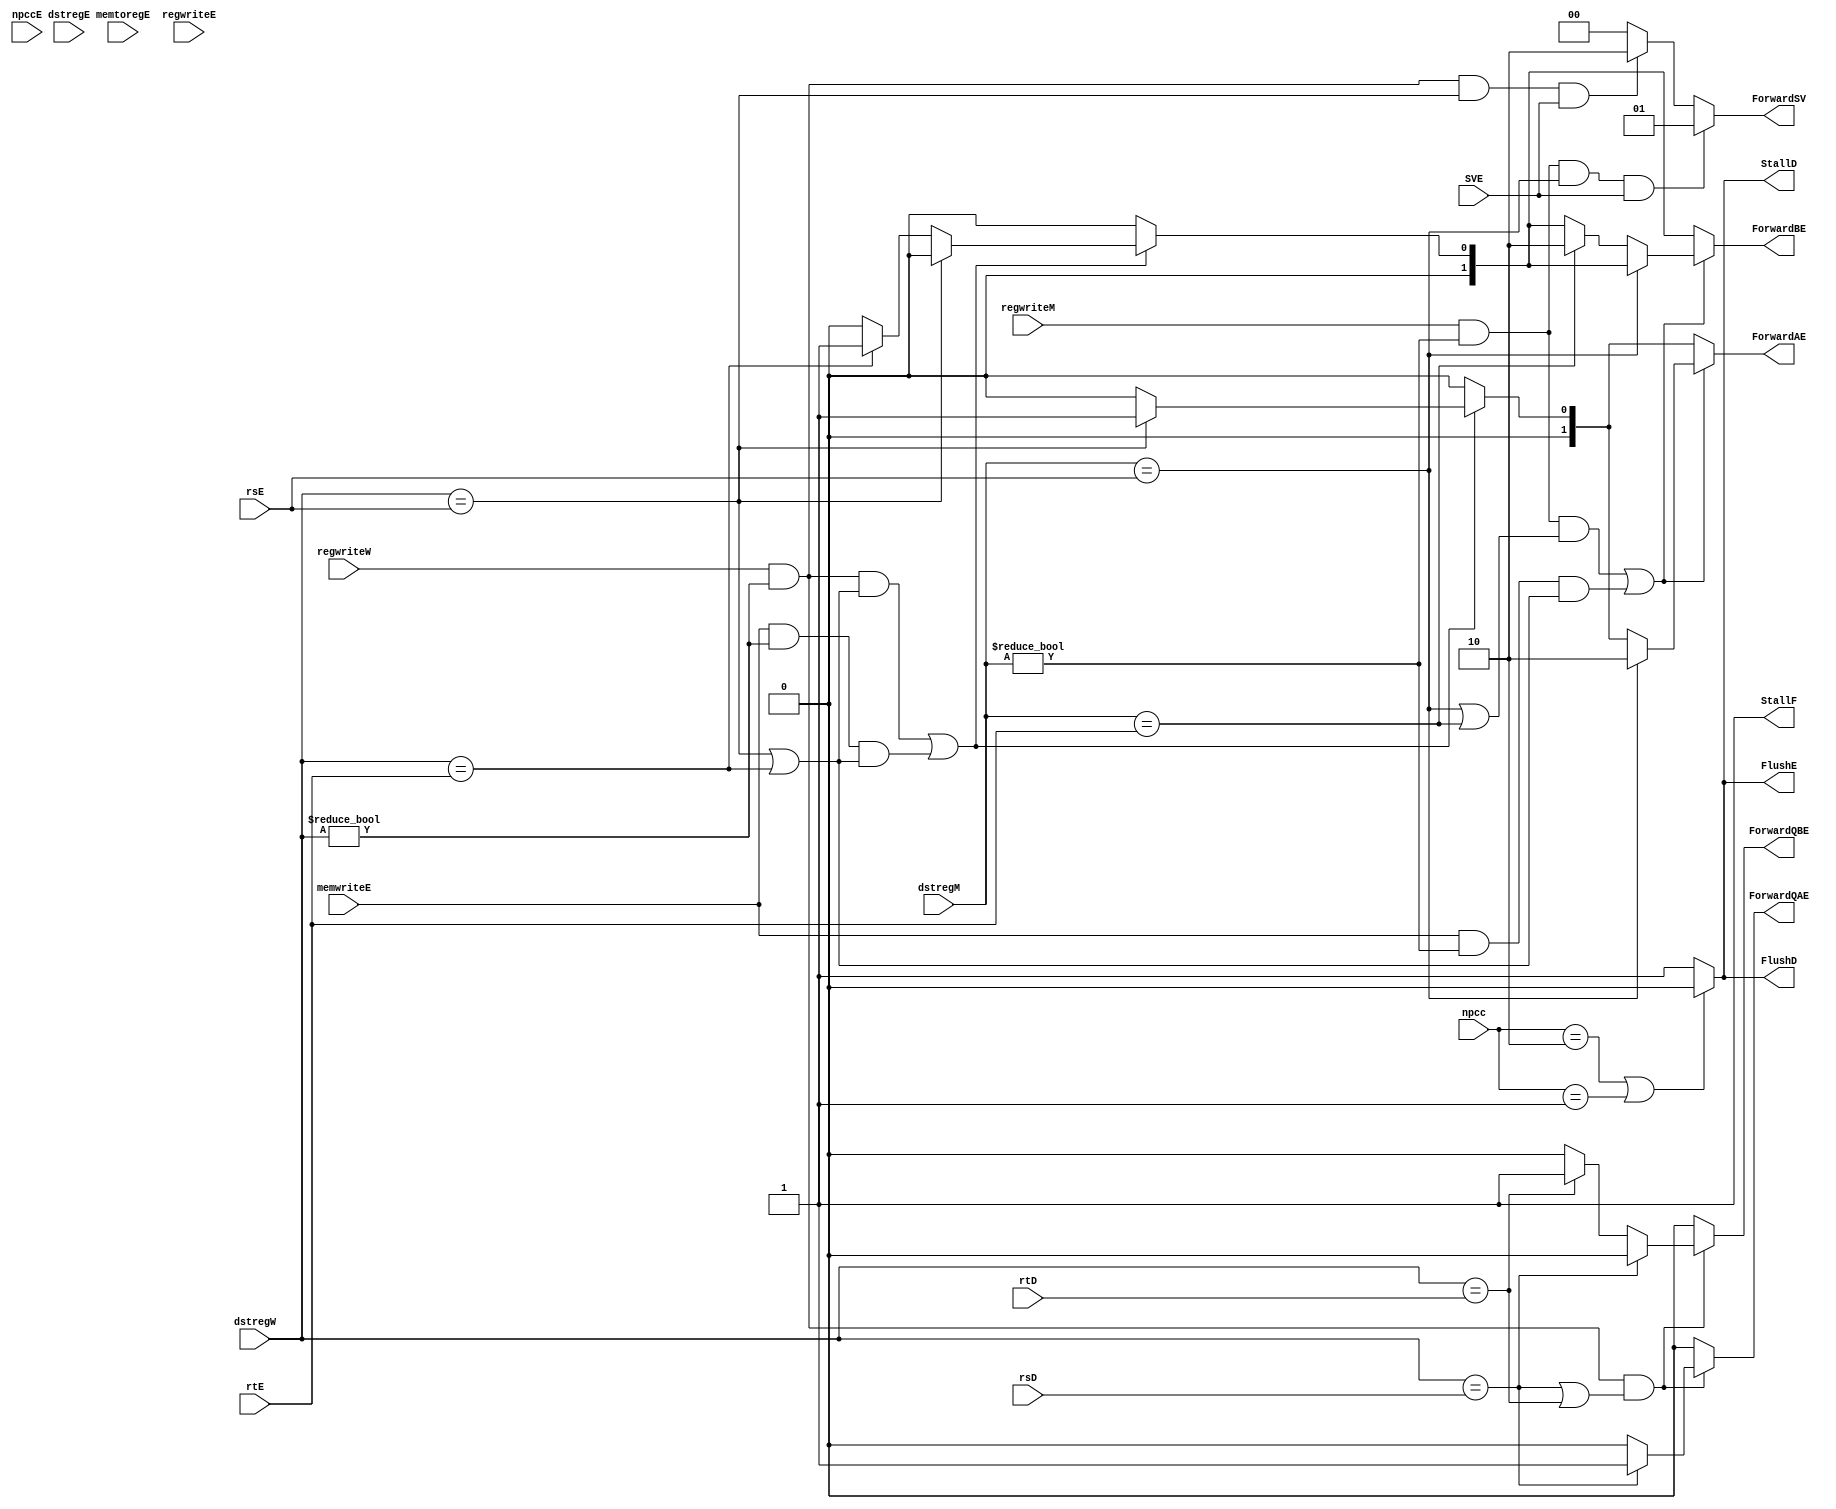

module hazard_unit(ForwardSV,SVE,ForwardQAE,ForwardQBE,memwriteE,npcc,npccE,FlushD,StallF,StallD,FlushE,rsD,rtD,rsE,rtE,ForwardAE,ForwardBE,memtoregE,dstregM,regwriteM,regwriteW,dstregW,dstregE,regwriteE);//ForwardNE,ForwardNT,
	input [4:0]rsD,rtD,rsE,rtE;
	input memtoregE,regwriteM,regwriteW,regwriteE,memwriteE,SVE;
	input [4:0]dstregW,dstregM,dstregE;
	input [1:0]npcc,npccE;

	output StallF,StallD,FlushE,FlushD;
	output [1:0]ForwardAE,ForwardBE,ForwardSV;
	output ForwardQAE,ForwardQBE;
	//output [1:0]ForwardNE,ForwardNT;

	reg StallF,StallD,FlushE,FlushD;
	reg [1:0]ForwardAE,ForwardBE,ForwardSV;
	reg ForwardQAE,ForwardQBE;
	//reg [1:0]ForwardNE,ForwardNT;
initial begin
	StallF=1;
	StallD=1;
	FlushE=1;
	FlushD=1;
end

always@(*)
	begin
	StallF=1;
	StallD=1;
	FlushE=1;
	FlushD=1;
	ForwardQAE=1'b0;
	ForwardQBE=1'b0;
	ForwardSV=2'b00;
	//ID/WB conflict
	if(regwriteW && (dstregW!=5'b00000)&&((dstregW==rsD) || (dstregW==rtD)))
	begin
	if(dstregW==rsD)	
	ForwardQAE=1'b1;
	else if(dstregW==rtD)	
	ForwardQBE=1'b1;
	end
	//MEM/WB & EXE/MEM SVE conflict conflict SW conflict

		
	ForwardAE=2'b00;
	ForwardBE=2'b00;
		
	if((regwriteW && (dstregW!=5'b00000) && ((dstregW==rsE) || (dstregW==rtE)))||(memwriteE&& (dstregW!=5'b00000) &&((dstregW==rsE) || (dstregW==rtE))))
	begin
	if(dstregW==rsE)	
	ForwardAE=2'b01;
	else if(dstregW==rtE)	
	ForwardBE=2'b01;
	end
	if((regwriteM && (dstregM!=5'b00000) && ((dstregM==rsE) || (dstregM==rtE)))||(memwriteE&& (dstregM!=5'b00000) && ((dstregW==rsE) || (dstregW==rtE))))
	begin
	if(dstregM==rsE)	
	ForwardAE=2'b10;
	else if(dstregM==rtE)	
	ForwardBE=2'b10;
	end
	if(regwriteW && (dstregW!=5'b00000) && (dstregW==rsE)&& SVE)
	ForwardSV=2'b10;
	if(regwriteM && (dstregM!=5'b00000) && (dstregM==rsE)&& SVE)
	ForwardSV=2'b01;
	//ID/EXE 

	//Load Stop
	if(memtoregE && (rtE!=5'b00000) &&((rtE==rtD) || (rtE==rsD)))
	begin
	StallF=0;
	StallD=0;
	FlushE=0;
	end
	else
	begin
	StallF=1;
	StallD=1;
	FlushE=1;
	end
	//npc Stop
	
	if((npcc==2'b10)||(npcc==2'b01))
	begin
	StallF=1;
	StallD=0;
	FlushD=0;
	FlushE=0;
	end
	else
	begin
	StallF=1;
	StallD=1;
	FlushD=1;
	FlushE=1;
	end

	end
	
endmodule